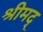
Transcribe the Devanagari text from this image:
श्रीमद्‍